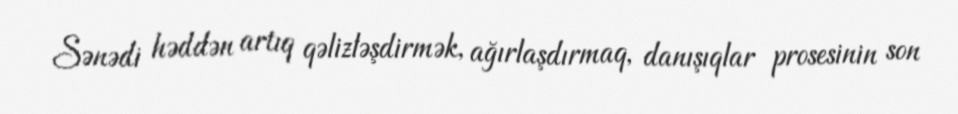
Sənədi həddən artıq qəlizləşdirmək, ağırlaşdırmaq, danışıqlar prosesinin son